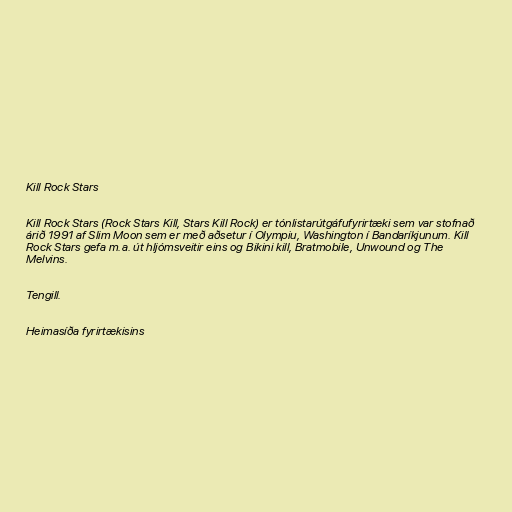
Kill Rock Stars

Kill Rock Stars (Rock Stars Kill, Stars Kill Rock) er tónlistarútgáfufyrirtæki sem var stofnað
árið 1991 af Slim Moon sem er með aðsetur í Olympiu, Washington í Bandaríkjunum. Kill
Rock Stars gefa m.a. út hljómsveitir eins og Bikini kill, Bratmobile, Unwound og The
Melvins.

Tengill.

Heimasíða fyrirtækisins